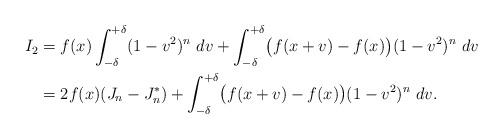
LaTeX: \begin{align*} I_{2} & = f(x) \int_{-\delta}^{+\delta}(1-v^{2})^{n}\ dv + \int_{-\delta}^{+\delta}\bigl(f(x+v)-f(x)\bigr) (1-v^{2})^{n}\ dv\\& = 2 f(x) (J_{n}-J_{n}^{*}) + \int_{-\delta}^{+\delta}\bigl(f(x+v)-f(x)\bigr) (1-v^{2})^{n}\ dv.\end{align*}